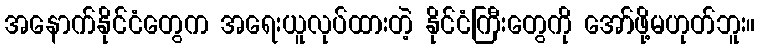
အနောက်နိုင်ငံတွေက အရေးယူလုပ်ထားတဲ့ နိုင်ငံကြီးတွေကို အော်ဖို့မဟုတ်ဘူး။